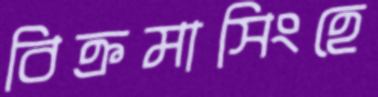
বিক্রমাসিংহে